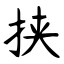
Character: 挟